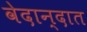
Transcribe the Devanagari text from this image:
वेदान्दात